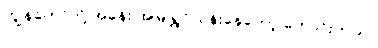
ကျွန်တော်တို့ အခန်း အမြဲ ရွှင်လန်းနေတော့ ကောင်းတယ်။